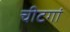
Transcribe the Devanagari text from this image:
चीटगां